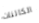
الكائنات